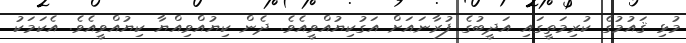
މުޅި ޤައުމުގެ ކުރިމަތީގައި އަދީބުގެ ފުރާނައަށް އަގުކިޔުއްވީއެވެ. ދެން ކިޔުއްވިއްޔާ ކިޔުއްވީއެވެ. އެކަމަކު